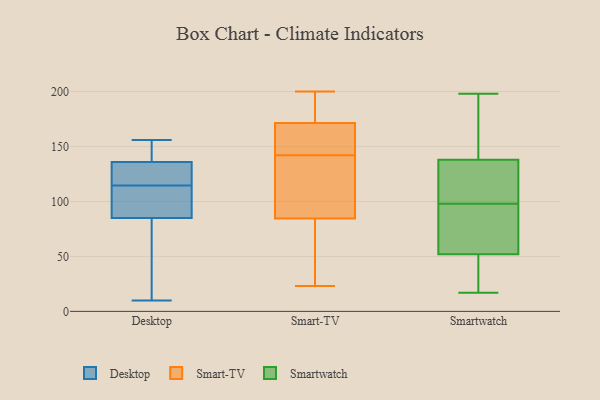
{"axis": {"x": "Website Visitors", "y": "Value"}, "legend": ["Desktop", "Smart-TV", "Smartwatch"], "data": [{"x": "", "y": 148, "type": "Desktop"}, {"x": "", "y": 118, "type": "Desktop"}, {"x": "", "y": 10, "type": "Desktop"}, {"x": "", "y": 85, "type": "Desktop"}, {"x": "", "y": 52, "type": "Desktop"}, {"x": "", "y": 112, "type": "Desktop"}, {"x": "", "y": 117, "type": "Desktop"}, {"x": "", "y": 156, "type": "Desktop"}, {"x": "", "y": 136, "type": "Desktop"}, {"x": "", "y": 109, "type": "Desktop"}, {"x": "", "y": 89, "type": "Smart-TV"}, {"x": "", "y": 158, "type": "Smart-TV"}, {"x": "", "y": 83, "type": "Smart-TV"}, {"x": "", "y": 195, "type": "Smart-TV"}, {"x": "", "y": 157, "type": "Smart-TV"}, {"x": "", "y": 200, "type": "Smart-TV"}, {"x": "", "y": 23, "type": "Smart-TV"}, {"x": "", "y": 111, "type": "Smart-TV"}, {"x": "", "y": 142, "type": "Smart-TV"}, {"x": "", "y": 176, "type": "Smart-TV"}, {"x": "", "y": 46, "type": "Smart-TV"}, {"x": "", "y": 17, "type": "Smartwatch"}, {"x": "", "y": 155, "type": "Smartwatch"}, {"x": "", "y": 135, "type": "Smartwatch"}, {"x": "", "y": 65, "type": "Smartwatch"}, {"x": "", "y": 35, "type": "Smartwatch"}, {"x": "", "y": 52, "type": "Smartwatch"}, {"x": "", "y": 123, "type": "Smartwatch"}, {"x": "", "y": 79, "type": "Smartwatch"}, {"x": "", "y": 183, "type": "Smartwatch"}, {"x": "", "y": 198, "type": "Smartwatch"}, {"x": "", "y": 44, "type": "Smartwatch"}, {"x": "", "y": 71, "type": "Smartwatch"}, {"x": "", "y": 117, "type": "Smartwatch"}, {"x": "", "y": 138, "type": "Smartwatch"}]}